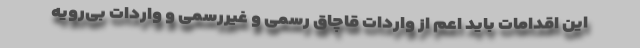
این اقدامات باید اعم از واردات قاچاق رسمی و غیررسمی و واردات بی‌رویه